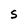
Character: s